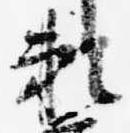
頼